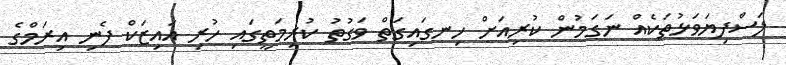
ލަސްފިޔަވަޅުތަކެއް ނަގަމުން ކުރިއަށް ހިނގައިގަތް ވަގުތު ކުރިމަތީގައި ހުރި އައިޒަކް ފެނި އިރަމްގެ